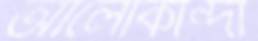
আলোকান্দা